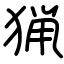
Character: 猟